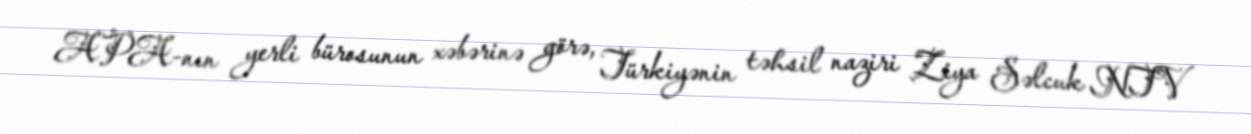
APA-nın yerli bürosunun xəbərinə görə, Türkiyənin təhsil naziri Ziya Səlcuk NTV